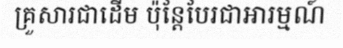
គ្រួសារជាដើម ប៉ុន្តែបែរជាអារម្មណ៍